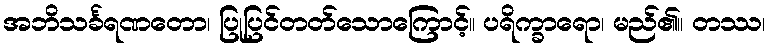
အဘိသင်္ခရဏတော၊ ပြုပြင်တတ်သောကြောင့်။ ပရိက္ခာရော၊ မည်၏။ တဿ၊